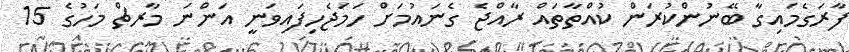
ފާރަގެމައިގާ ބޭނުންކުރަން ކުއްތާތައް ރާއްޖެ ގެނައުމަށް ހަމަޖެހިފައިވަނީ އަންނަ މާރޗް މަހުގެ 15